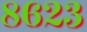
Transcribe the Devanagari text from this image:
८६२३